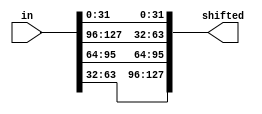
module InvShiftRows (
  input [127:0] in,
  output [127:0] shifted
);

  // First row (r = 0) is not shifted
  assign shifted[0+:32] = in[0+:32];

  // Second row (r = 1) is cyclically right shifted by 1 offset
  assign shifted[32+:32] = in[96+:32];
  
  // Third row (r = 2) is cyclically right shifted by 2 offsets
  assign shifted[64+:32] = in[64+:32];

  // Fourth row (r = 3) is cyclically right shifted by 3 offsets
  assign shifted[96+:32] = in[32+:32];

endmodule